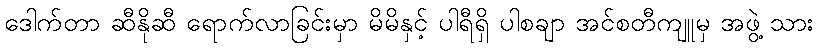
ဒေါက်တာ ဆီနိုဆီ ရောက်လာခြင်းမှာ မိမိနှင့် ပါရီရှိ ပါစချာ အင်စတီကျူမှ အဖွဲ့ သား